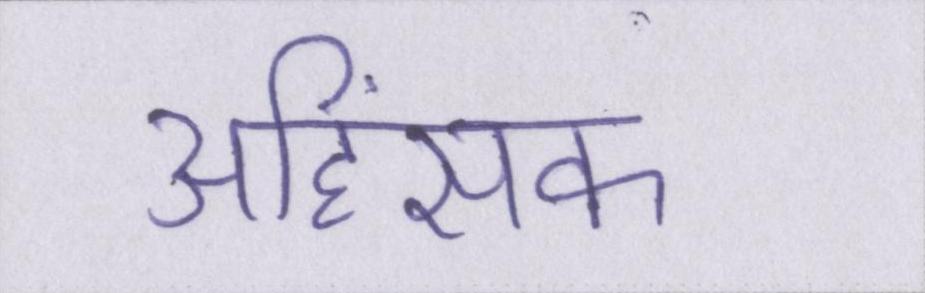
अहिंसक